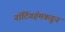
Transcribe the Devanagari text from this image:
नॉटिंगहॅमकडून